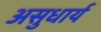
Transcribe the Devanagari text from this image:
असुधार्य